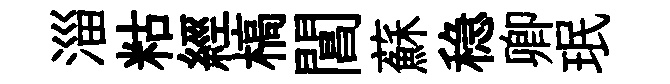
淄䊀經槁閶蘇稳卿珉